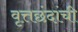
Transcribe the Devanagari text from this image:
वृत्तछंदांची